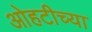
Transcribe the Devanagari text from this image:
ओहटीच्या